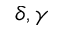
\delta , \gamma